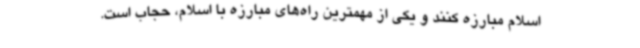
اسلام مبارزه کنند و یکی از مهمترین راه‌های مبارزه با اسلام، حجاب است.